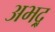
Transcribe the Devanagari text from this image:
अभद्र्